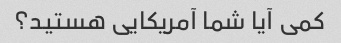
کمی آیا شما آمریکایی هستید؟